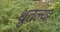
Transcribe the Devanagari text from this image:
धुतल्या